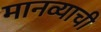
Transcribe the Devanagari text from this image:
मानव्याची